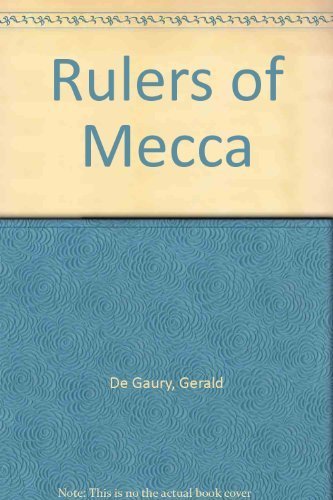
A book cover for Rulers of Mecca; Gerald De Gaury; Religion & Spirituality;